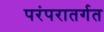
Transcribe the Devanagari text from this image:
परंपरातर्गत